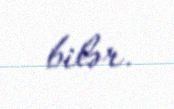
bilər.